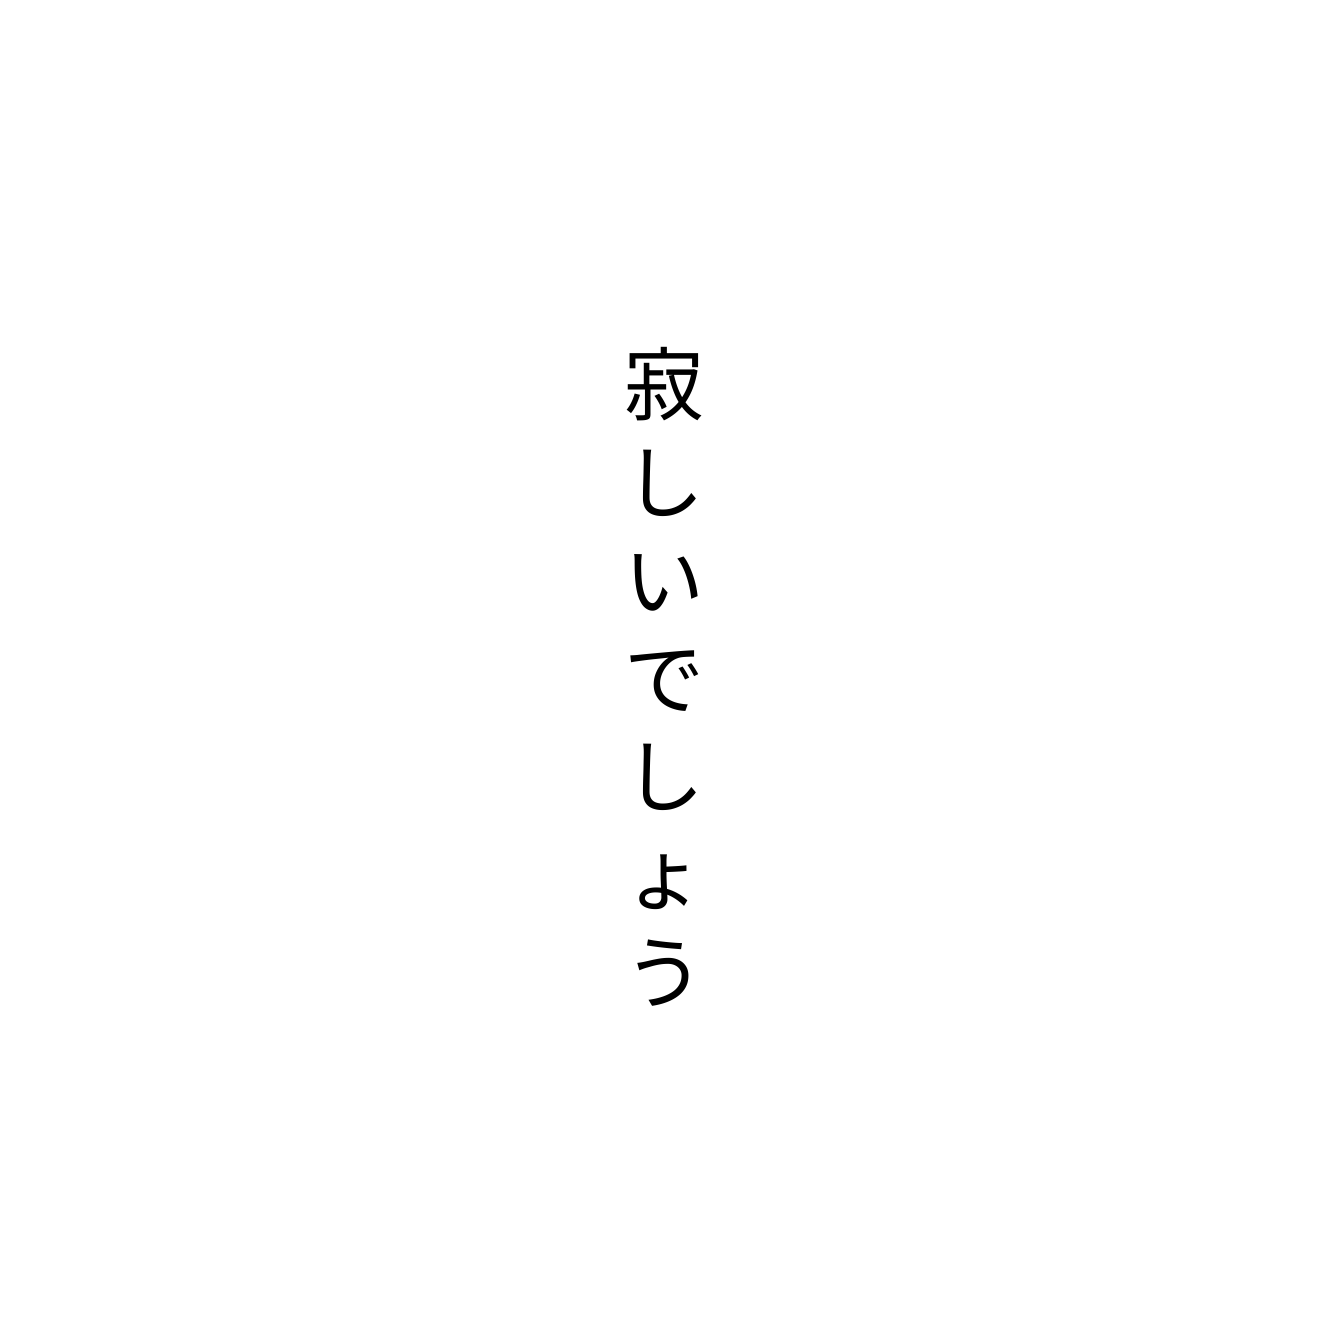
寂しいでしょう